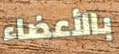
بالأعضاء